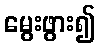
မွေးဖွား၍